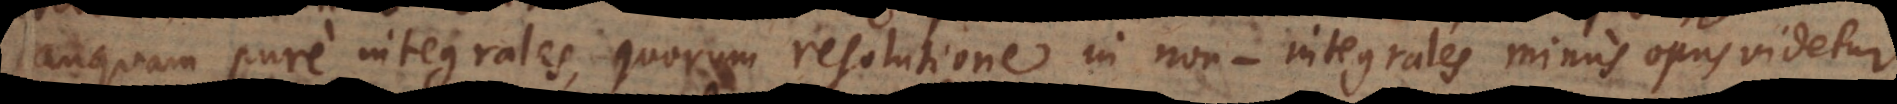
tanquam pure integrales, quorum resolutione in non‐integrales minus opus videtur.